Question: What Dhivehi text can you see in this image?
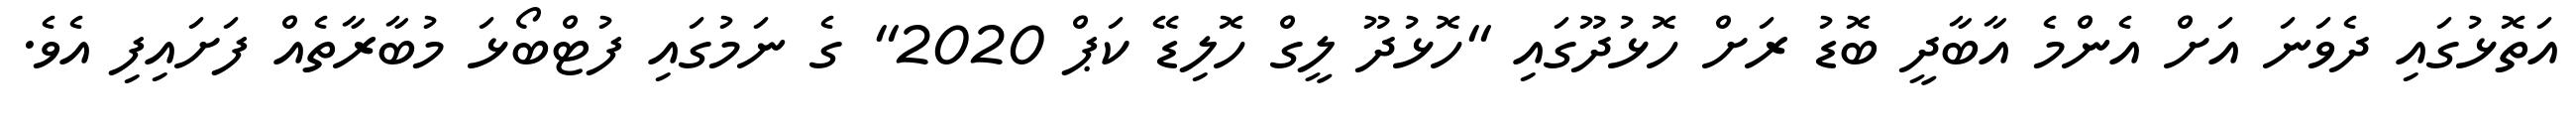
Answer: އަތޮޅުގައި ދެވަނަ އަށް އެންމެ އާބާދީ ބޮޑު ރަށް ހޮޅުދޫގައި "ހޮޅުދޫ ލީގް ހޮލިޑޭ ކަޕް 2020" ގެ ނަމުގައި ފުޓްބޯޅަ މުބާރާތެއް ފަށައިފި އެވެ.